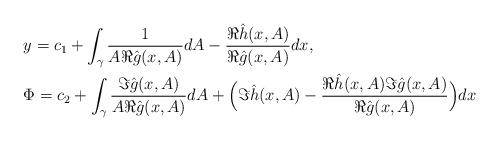
LaTeX: \begin{align*}&y = c_1 + \int_\gamma \frac{1}{A\Re\hat g(x,A)} dA-\frac{\Re\hat h(x,A)}{\Re\hat g(x,A)} dx, \\&\Phi = c_2 + \int_\gamma \frac{\Im\hat g(x,A)}{A\Re\hat g(x,A)} dA+ \Big( \Im\hat h(x,A) - \frac{\Re\hat h(x,A)\Im\hat g(x,A)}{\Re\hat g(x,A)} \Big) dx\end{align*}